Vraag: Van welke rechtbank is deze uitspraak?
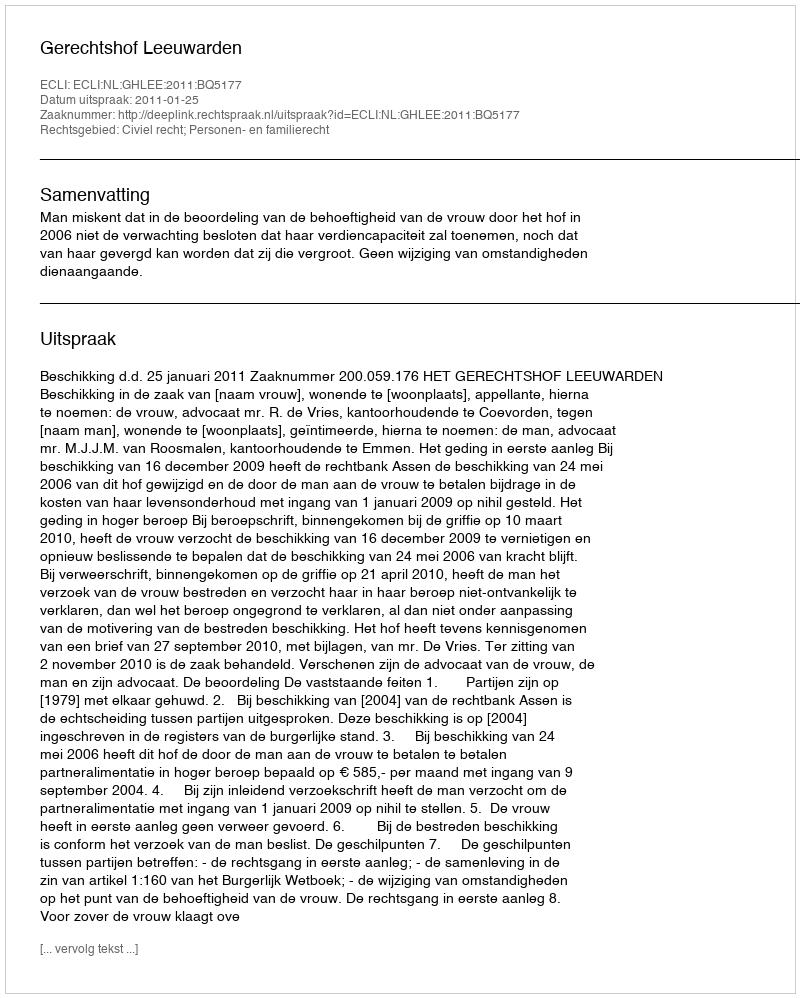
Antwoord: Gerechtshof Leeuwarden